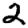
Digit: 2